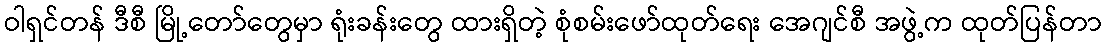
ဝါရှင်တန် ဒီစီ မြို့တော်တွေမှာ ရုံးခန်းတွေ ထားရှိတဲ့ စုံစမ်းဖော်ထုတ်ရေး အေဂျင်စီ အဖွဲ့က ထုတ်ပြန်တာ